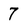
Character: 7